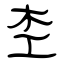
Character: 杢